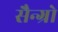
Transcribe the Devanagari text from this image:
सैन्ग्रो